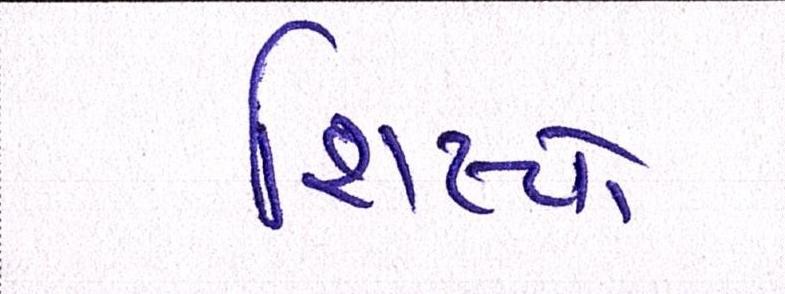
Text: શિષ્યો